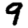
Digit: 9